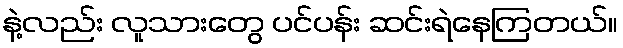
နဲ့လည်း လူသားတွေ ပင်ပန်း ဆင်းရဲနေကြတယ်။